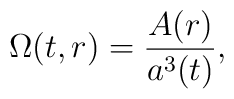
\Omega(t,r) = \frac{A(r)}{a^3(t)},